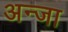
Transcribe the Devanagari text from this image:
अन्जा